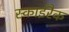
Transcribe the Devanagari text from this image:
स्काईरैक